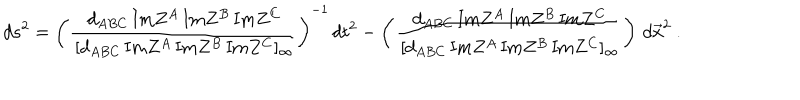
d s ^ { 2 } = \left( { \frac { \, d _ { A B C } \, \mathrm { I m } Z ^ { A } \, \mathrm { I m } Z ^ { B } \, \mathrm { I m } Z ^ { C } } { \, [ d _ { A B C } \, \mathrm { I m } Z ^ { A } \, \mathrm { I m } Z ^ { B } \, \mathrm { I m } Z ^ { C } ] _ { \infty } } } \right) ^ { - 1 } \, d t ^ { 2 } - \left( { \frac { \, d _ { A B C } \, \mathrm { I m } Z ^ { A } \, \mathrm { I m } Z ^ { B } \, \mathrm { I m } Z ^ { C } } { \, [ d _ { A B C } \, \mathrm { I m } Z ^ { A } \, \mathrm { I m } Z ^ { B } \, \mathrm { I m } Z ^ { C } ] _ { \infty } } } \right) \, d \vec { x } ^ { 2 } \ .